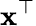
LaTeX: \mathbf{x}^{\top}